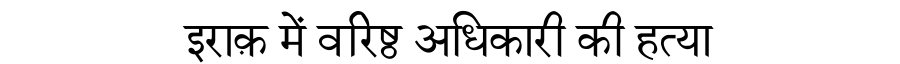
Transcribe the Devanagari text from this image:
इराक़ में वरिष्ठ अधिकारी की हत्या